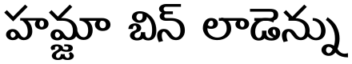
హమ్జా బిన్ లాడెన్ను